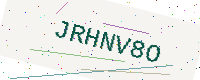
Text: JRHNV8O